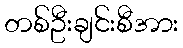
တစ်ဦးချင်းစီအား